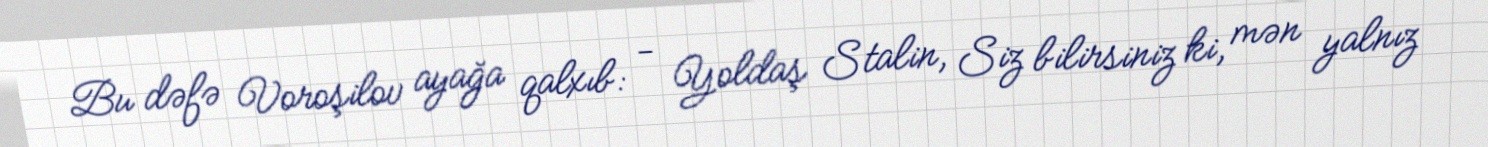
Bu dəfə Voroşilov ayağa qalxıb: - Yoldaş Stalin, Siz bilirsiniz ki, mən yalnız